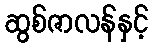
ဆွစ်ဇာလန်နှင့်